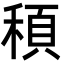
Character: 䅡